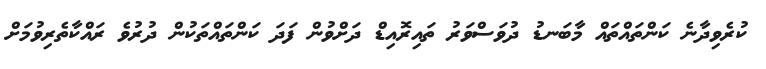
ކުރެވިދާނެ ކަންތައްތައް މާބަނޑު ދުވަސްވަރު ތައިރޮއިޑް ދަށްވުން ފަދަ ކަންތައްތަކުން ދުރުވެ ރައްކާތެރިވުމަށް